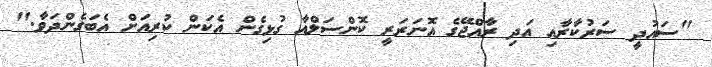
"ސައުދީ ސަރުކާރާއި އަދި ރާއްޖޭގެ އޮނަރަރީ ކޮންސަލްއާ ގުޅިގެން އެކަން ކުރިއަށް އެބަގެންދަވާ."